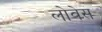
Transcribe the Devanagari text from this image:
लोवेस